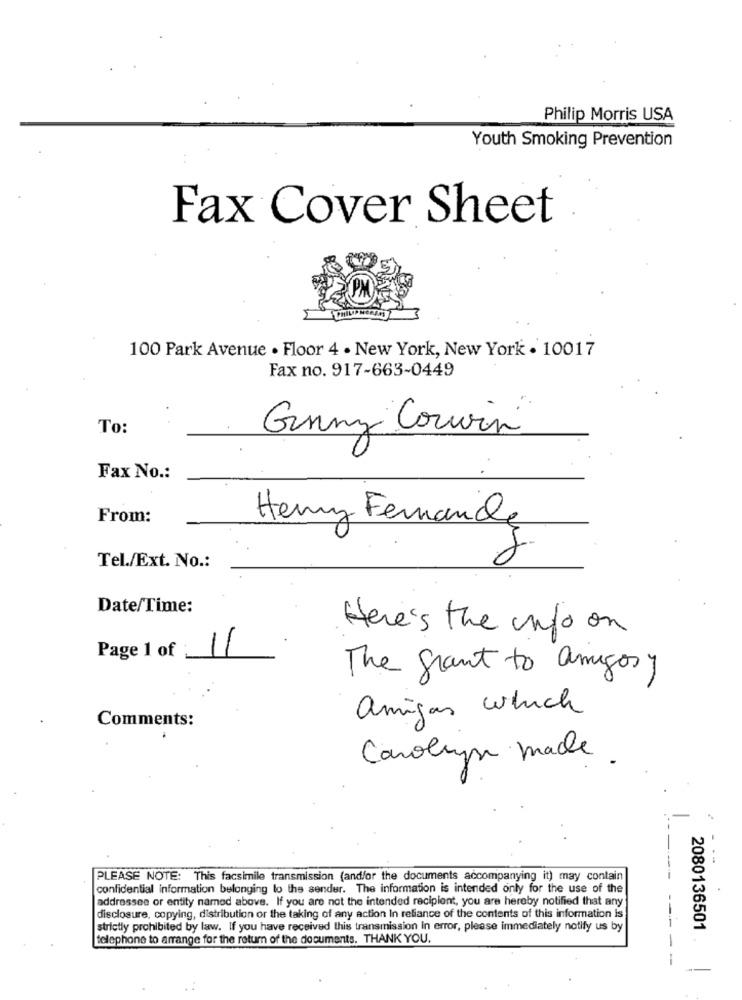
Philip Morris USA
Youth Smoking Prevention
Fax Cover Sheet
100 Park Avenue . Floor 4 . New York, New York . 10017
Fax no. 917-663-0449
To:
Ginny Corvin
Fax No .:
From:
Hery Fernande
Tel./Ext. No .:
Date/Time:
Here's the info on
Page 1 of
1
The grant to amigosy
amigas which
Comments:
Carolyn made
- --
PLEASE NOTE: This facsimile transmission (and/or the documents accompanying it) may contain
confidential information belonging to the sender. The information is intended only for the use of the
addressee or entity named above. If you are not the intended recipient, you are hereby notified that any
disclosure, copying, distribution or the taking of any action In reliance of the contents of this information is
strictly prohibited by law. If you have received this transmission In error, please immediately notify us by
2080136501
telephone to arrange for the return of the documents. THANK YOU.
------
-